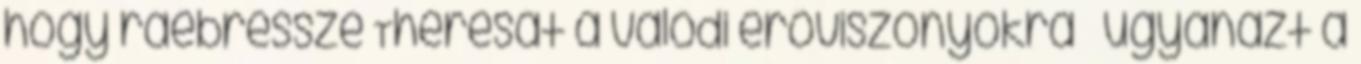
hogy ráébressze Theresát a valódi erőviszonyokra – ugyanazt a